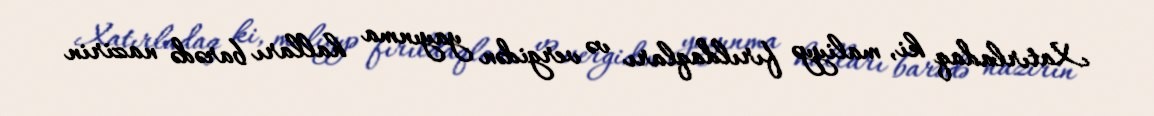
Xatırladaq ki, maliyyə fırıldaqları və vergidən yayınma halları barədə nazirin